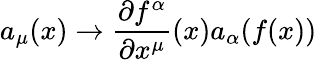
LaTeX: a_{\mu}(x)\to\frac{\partial f^{\alpha}}{\partial x^{\mu}}(x)a_{\alpha}(f(x))